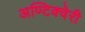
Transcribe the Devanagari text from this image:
अण्टिक्वेरी